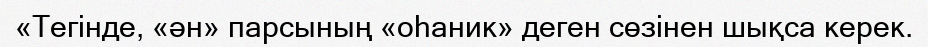
«Тегінде, «ән» парсының «оһаник» деген сөзінен шықса керек.